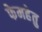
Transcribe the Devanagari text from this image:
फेमहेतु